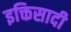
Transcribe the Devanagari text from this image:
इक्तिसादी